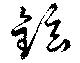
鉉